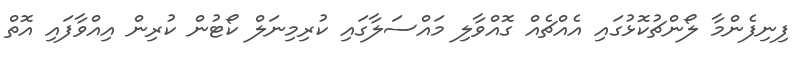
ފިނިފެންމާ ލޯންޗުކޮޅުގައި އެއްޗެއް ގޮއްވާލި މައްސަލާގައި ކުރިމިނަލް ކޯޓުން ކުރިން އިއްވާފައި އޮތް